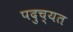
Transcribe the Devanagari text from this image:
पदुच्यत